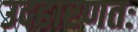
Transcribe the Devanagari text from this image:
उदहारणतः